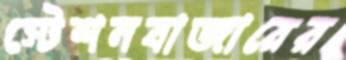
স্টেশনবাজারের